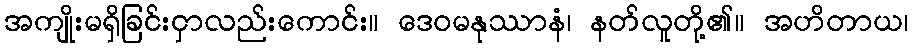
အကျိုးမရှိခြင်းငှာလည်းကောင်း။ ဒေဝမနုဿာနံ၊ နတ်လူတို့၏။ အဟိတာယ၊